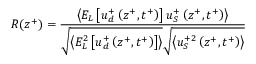
R ( z ^ { + } ) = \frac { \left< E _ { L } \left[ u _ { d } ^ { + } \left( z ^ { + } , t ^ { + } \right) \right] u _ { S } ^ { + } \left( z ^ { + } , t ^ { + } \right) \right> } { \sqrt { \left< E _ { L } ^ { 2 } \left[ u _ { d } ^ { + } \left( z ^ { + } , t ^ { + } \right) \right] \right> } \sqrt { \left< u _ { S } ^ { + 2 } \left( z ^ { + } , t ^ { + } \right) \right> } }